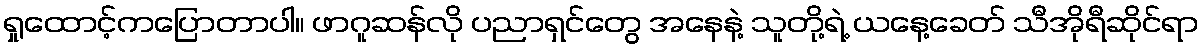
ရှုထောင့်ကပြောတာပါ။ ဖာဂူဆန်လို ပညာရှင်တွေ အနေနဲ့ သူတို့ရဲ့ ယနေ့ခေတ် သီအိုရီဆိုင်ရာ